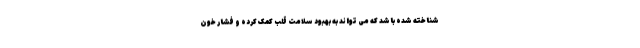
شناخته شده باشد که می تواند به بهبود سلامت قلب کمک کرده و فشار خون